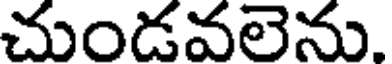
చుండవలెను.